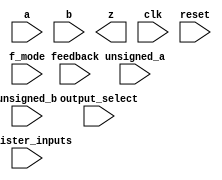
(* blackbox *)
module RS_DSP2_MULT_REGIN ( // TODO: Name subject to change
    input  wire [19:0] a,
    input  wire [17:0] b,
    output wire [37:0] z,

    (* clkbuf_sink *)
    input  wire       clk,
    input  wire       reset,

    input  wire [2:0] feedback,
    input  wire       unsigned_a,
    input  wire       unsigned_b,
    input  wire       f_mode,
    input  wire [2:0] output_select,
    input  wire       register_inputs
);

parameter [79:0] MODE_BITS = 80'd0;

endmodule